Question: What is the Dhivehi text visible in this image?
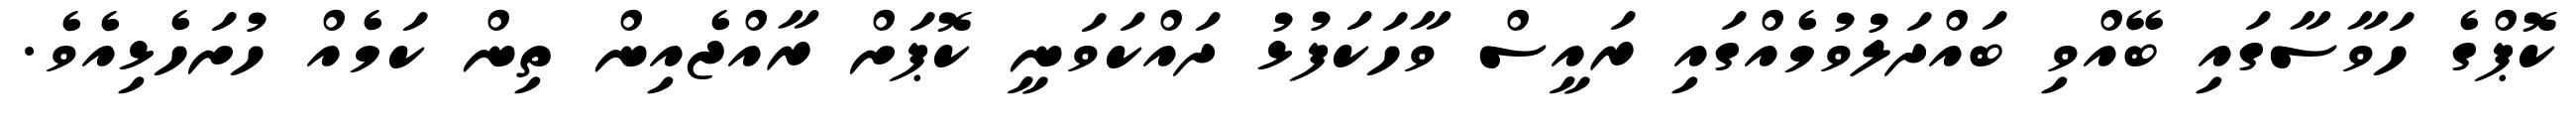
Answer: ކޮޕްގެ ހަވާސާގައި ބޭއްވި ބައްދަލުވުމެއްގައި ރައީސް ވާހަކަފުޅު ދައްކަވަނީ ކޮޕަށް ރާއްޖެއިން ތިން ކަމެއް ހުށަހެޅިއެވެ.